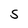
Character: S